Report on lock hospitals in British Burma
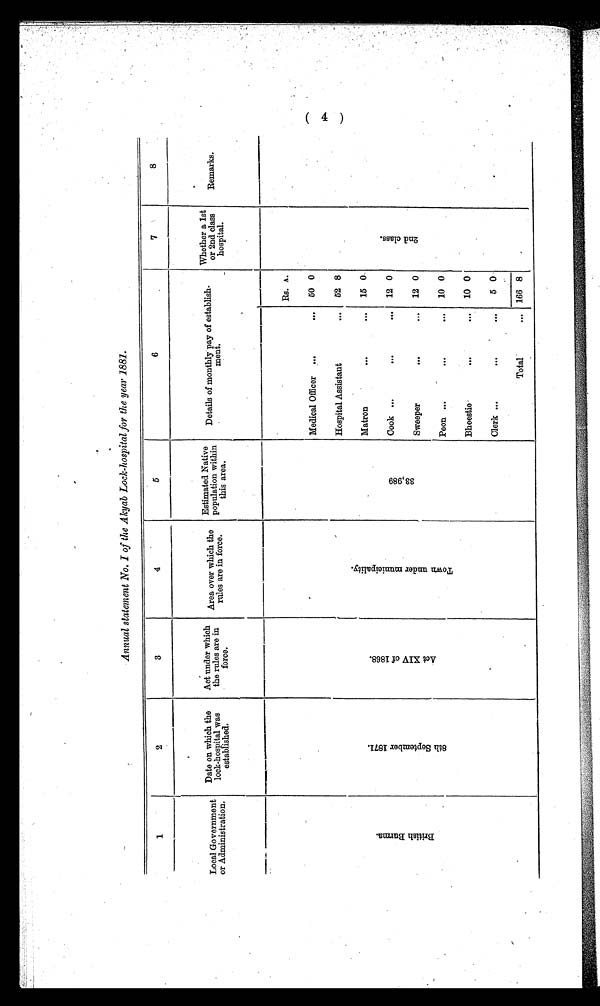
Annual statement No. I of the Akyab Lock-hospital for the year 1881.
1
2
3
4
5
6
7
8
Local Government
or Administration.
Date on which the
lock-hospital was
established.
Act under which
the rules are
force.
Area overwhich the
rules are in
force.
Estimated Native
population population within
this area.
Details of monthly pay of establish-
m e n t .
Whether a lst
or 2nd class
hospital.
Remarks.
Brirish Burma.
8 t h S e p t e m b e r 1 8 7 1 .
ActXIV of 1868.
T o w n u n d e r m u n i c i p a l i t y .
3 3 , 9 8 9
Rs. A.
2 n d c l a s s .
.
Medical Officer
50 0
Hospital Assistant
52 8
Matron
15 0
Cook
12 0
Sweeper
12 0
Peon
10 0
Bheestie
10 0
Clerk
5 0
Total
... 166 8
(4)